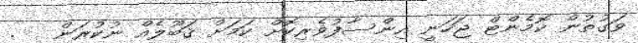
ވަގުތުން ކޮމެންޓް ޖަހަނީ އިންސާފުވެރިކޮށް ކަމަށް ޤަބޫލެއް ނުކުރަން   .